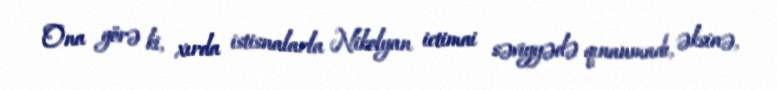
Ona görə ki, xırda istisnalarla Nikolyan ictimai səviyyədə qınanmadı, əksinə,